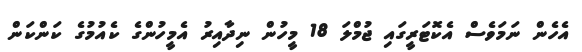
އެހެން ނަމަވެސް އެކޮޓަރީގައި ޖުމްލަ 18 މީހުން ނިދާއިރު އެމީހުންގެ ކެއުމުގެ ކަންކަން